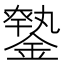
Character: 𨫦